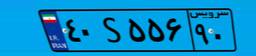
۴۰S۵۵۶۹۰